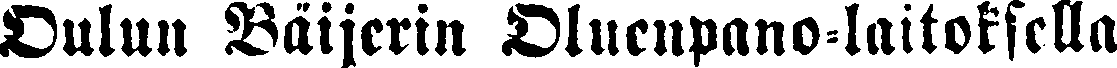
Oulun Väijerin Oluenpano-laitoksella